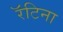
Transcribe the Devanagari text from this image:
रॅटिना